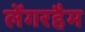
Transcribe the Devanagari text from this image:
लेंगरहैम